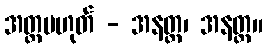
အတ္တမဟုတ် - အနတ္တ၊ အနတ္တ။